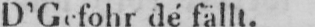
D’Gefohr dé fällt.